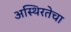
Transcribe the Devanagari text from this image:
अस्थिरतेचा